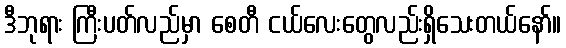
ဒီဘုရား ကြီးပတ်လည်မှာ စေတီ ငယ်လေးတွေလည်းရှိသေးတယ်နော်။